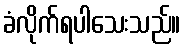
ခံလိုက်ရပါသေးသည်။